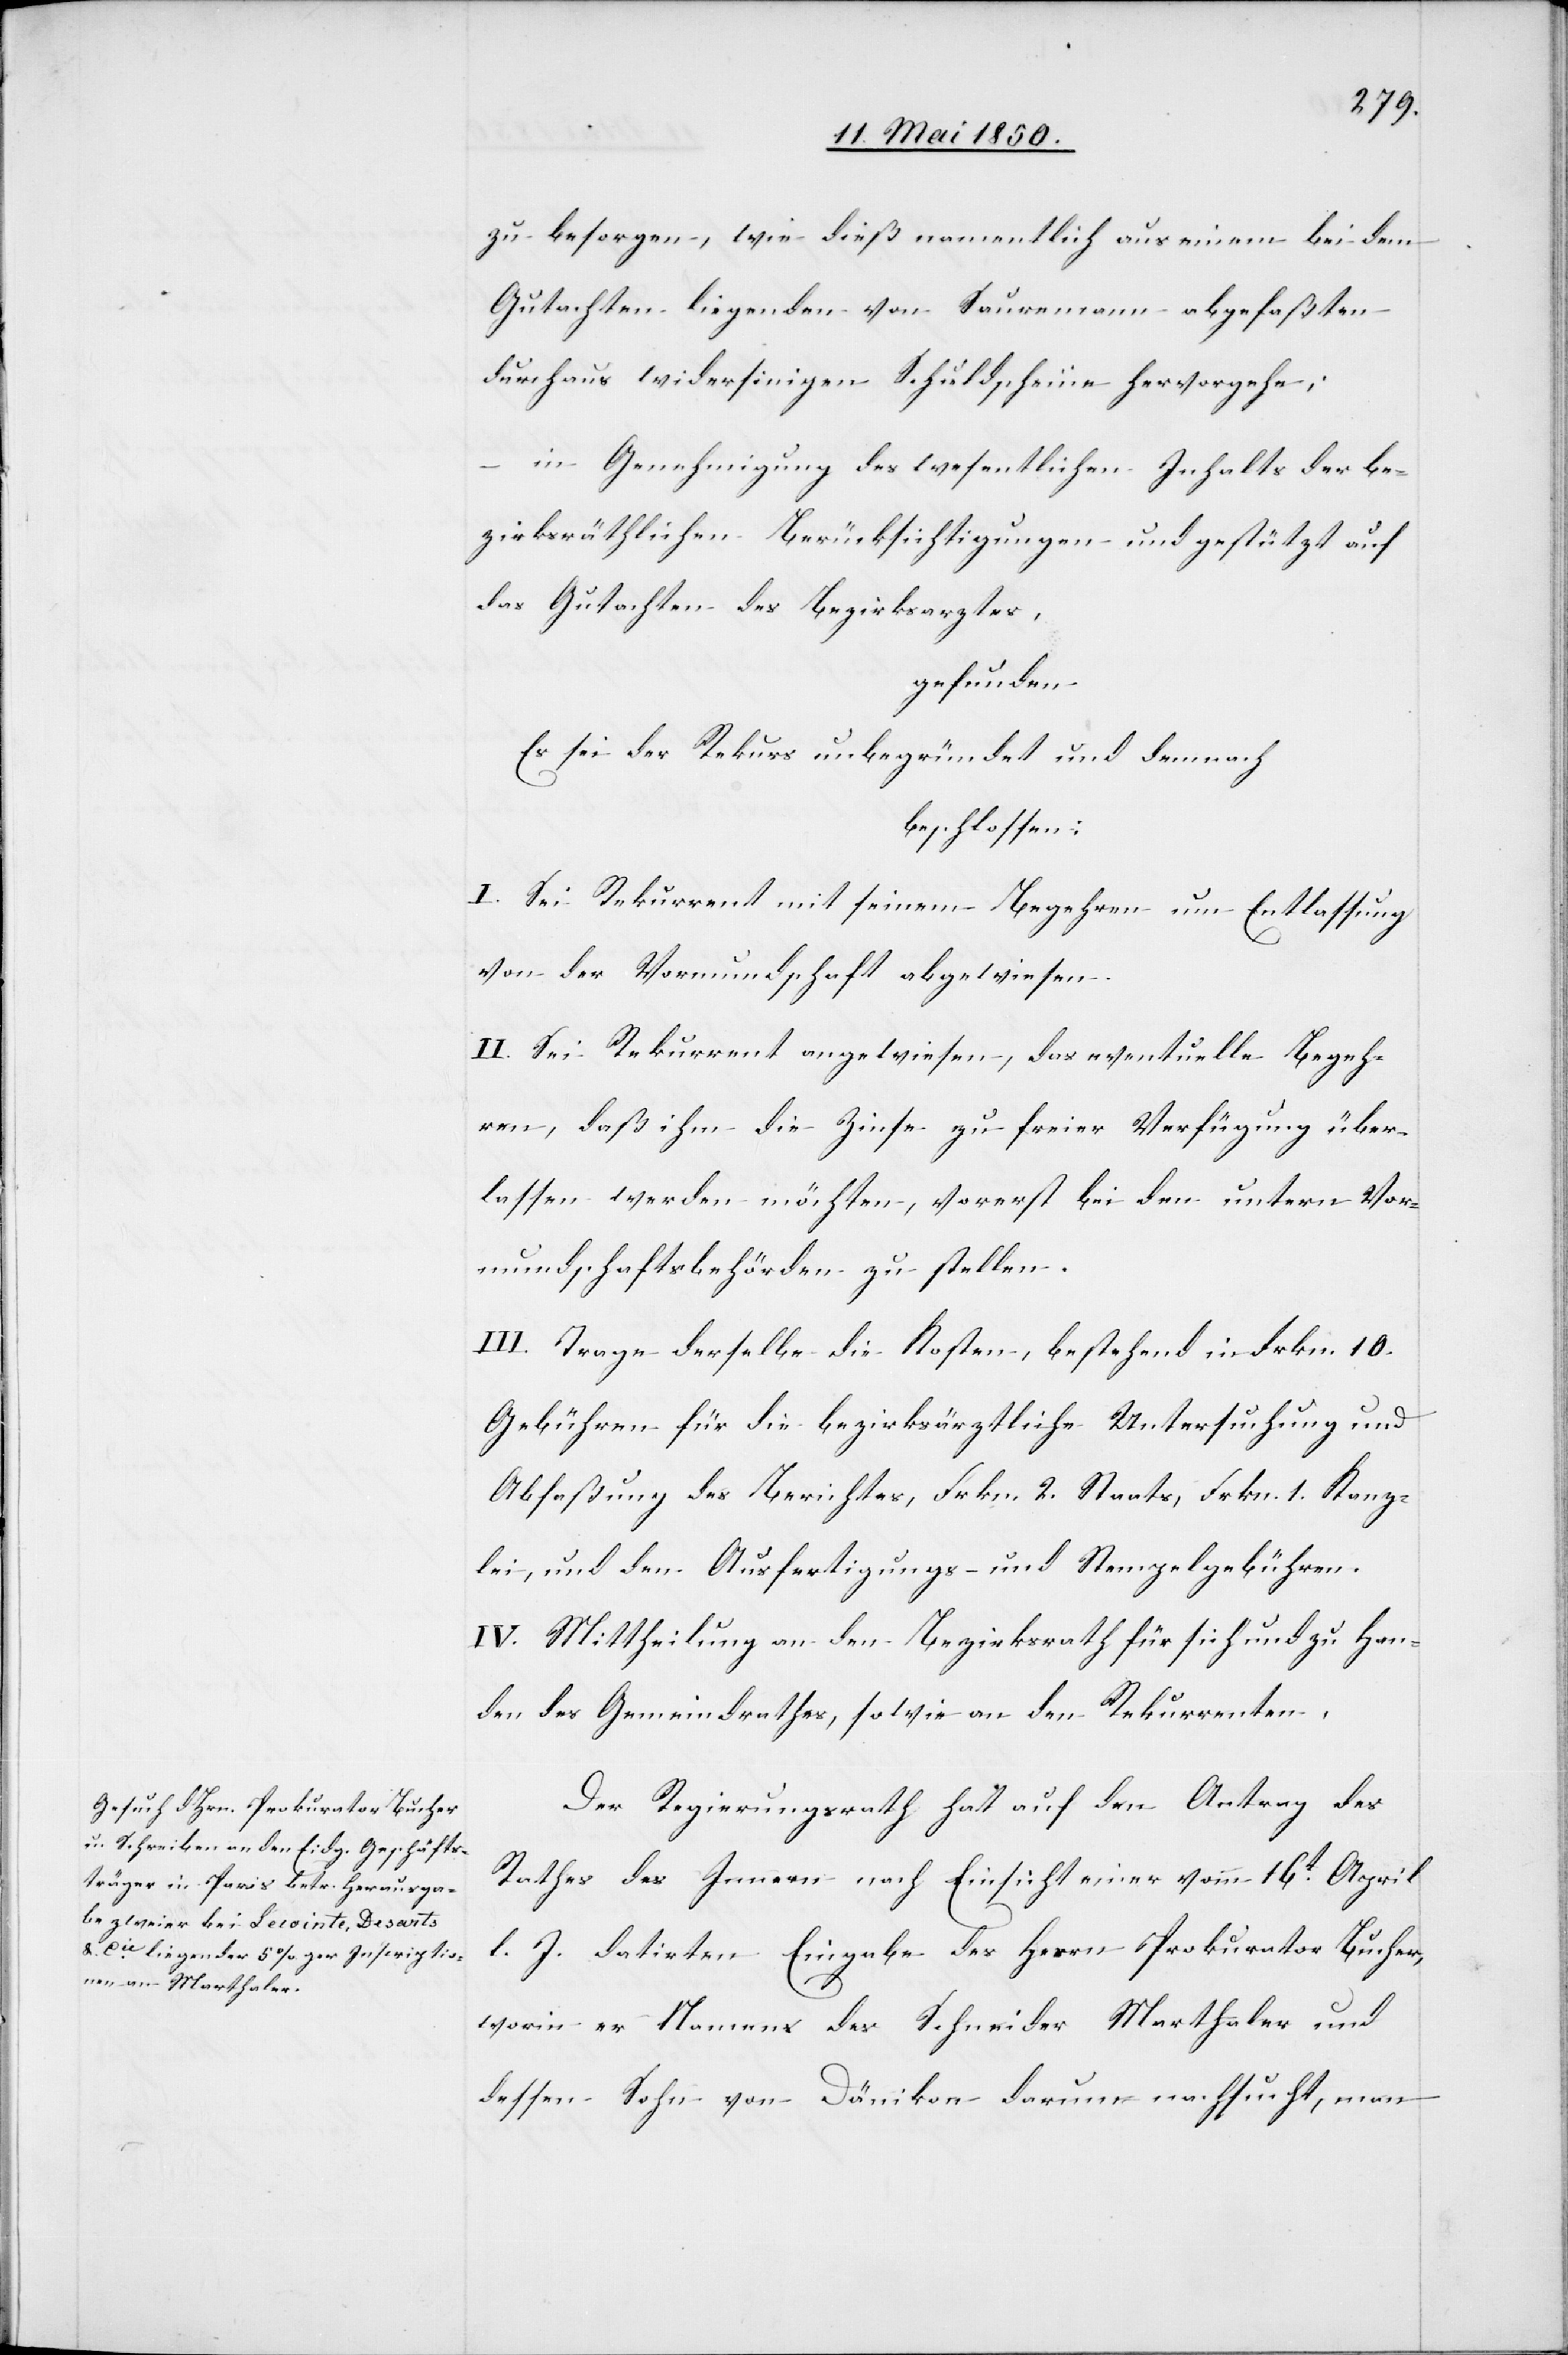
zu besorgen, wie dieß namentlich aus einem bei dem
Gutachten liegenden von Sauremann abgefaßten
durchaus widersinigen Schuldscheine hervorgehe;
–
in Genehmigung des wesentlichen Inhalts der be¬
zirksräthlichen Berücksichtigungen und gestützt auf
das Gutachten des Bezirksarztes,
gefunden
Es sei der Rekurs unbegründet und demnach
beschlossen:
I. Sei Rekurrent mit seinem Begehren um Entlassung
von der Vormundschaft abgewiesen.
II. Sei Rekurrent angewiesen, das eventuelle Begeh¬
ren, daß ihm die Zinse zu freier Verfügung über¬
lassen werden möchten, vorerst bei den untern Vor¬
mundschaftsbehörden zu stellen.
III. Trage derselbe die Kosten, bestehend in Frkn. 10.
Gebühren für die bezirksärztliche Untersuchung und
Abfaßung des Berichtes, Frkn. 2. Staats[-], Frkn. 1. Kanz¬
lei[-], und den Ausfertigungs- und Stempelgebühren.
IV. Mittheilung an den Bezirksrath für sich und zu Han¬
den des Gemeindrathes, sowie an den Rekurrenten.
Der Regierungsrath hat auf den Antrag des
Rathes des Innern nach Einsicht einer vom 16t April
l. J. datirten Eingabe des Herrn Prokurator Bucher,
worin er Namens des Schneider Marthaler und
dessen Sohn von Dänikon darum nachsucht, man